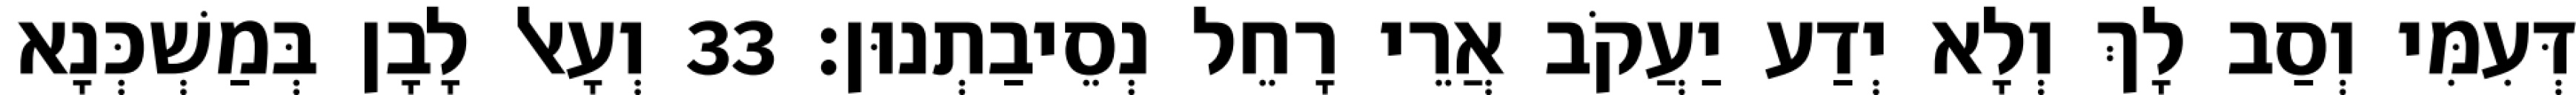
דְּעִמִּי וְסַב לָךְ וְלָא יְדַע יַעֲקֹב אֲרֵי רָחֵל נְסֵיבַתְנוּן׃ 33 וְעָאל לָבָן בְּמַשְׁכְּנָא